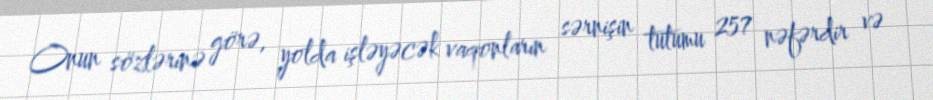
Onun sözlərinə görə, yolda işləyəcək vaqonların sərnişin tutumu 257 nəfərdir və